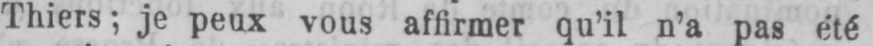
Thiers; je peux vous affirmer qu’il n’a pas été